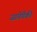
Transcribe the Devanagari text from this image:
जागेपैकी